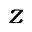
z